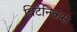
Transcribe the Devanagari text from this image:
ब्रिटेनिकस